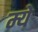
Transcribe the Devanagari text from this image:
म्ये